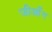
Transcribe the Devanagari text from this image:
जीआँग